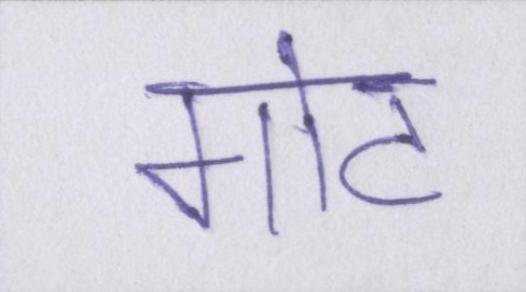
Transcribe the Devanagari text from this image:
गोट